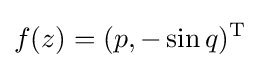
f(z)=(p,-\sin q)^{\mathrm {T} }